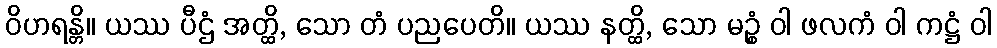
ဝိဟရန္တိ။ ယဿ ပီဌံ အတ္ထိ, သော တံ ပညပေတိ။ ယဿ နတ္ထိ, သော မဉ္စံ ဝါ ဖလကံ ဝါ ကဋ္ဌံ ဝါ